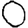
Digit: 0